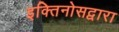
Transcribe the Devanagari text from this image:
इक्तिनोसद्वारा